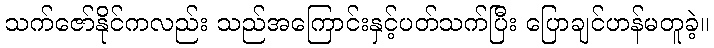
သက်ဇော်နိုင်ကလည်း သည်အကြောင်းနှင့်ပတ်သက်ပြီး ပြောချင်ဟန်မတူခဲ့။